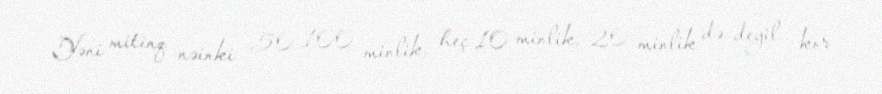
Yəni mitinq nəinki 50-100 minlik, heç 10 minlik, 20 minlik də deyil… kor